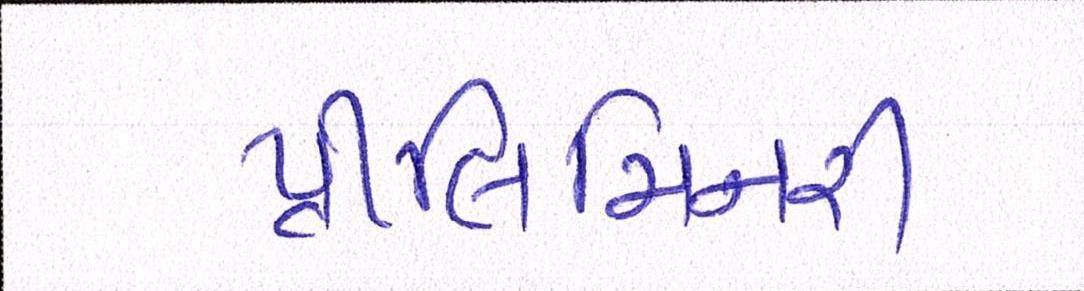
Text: પ્રીલિમિનરી